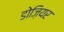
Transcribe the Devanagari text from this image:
डोज़ियर